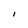
Character: I